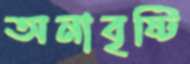
অনাবৃষ্টি